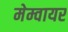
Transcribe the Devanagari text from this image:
मेम्वायर